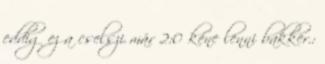
eddig ez a cselszi már 2:0 kéne lenni bakker.: